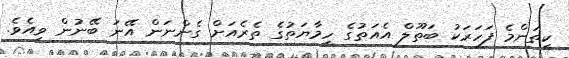
ކިތަންމެ ފަހަރަކު ބަތޫލް އެއަތުގެ ހިމާޔަތުގެ ތެރެއަށް ގެެންނަން އޭނަ ބޭނުން ވިއެވެ.